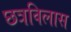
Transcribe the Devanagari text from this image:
छत्रविलास